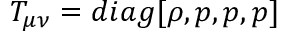
T _ { \mu \nu } = d i a g [ \rho , p , p , p ]